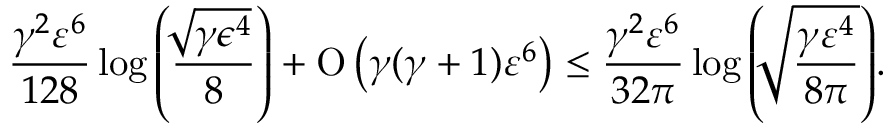
\frac { \gamma ^ { 2 } \varepsilon ^ { 6 } } { 1 2 8 } \log { \left( \frac { \sqrt [ ] { \gamma \epsilon ^ { 4 } } } { 8 } \right) } + \ensuremath { \operatorname { O } \left( \gamma ( \gamma + 1 ) \varepsilon ^ { 6 } \right) } \leq \frac { \gamma ^ { 2 } \varepsilon ^ { 6 } } { 3 2 \pi } \log { \left( \sqrt [ ] { \frac { \gamma \varepsilon ^ { 4 } } { 8 \pi } } \right) } .